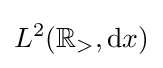
L^{2}({\mathbb {R} }_{>},{\rm {d}}x)